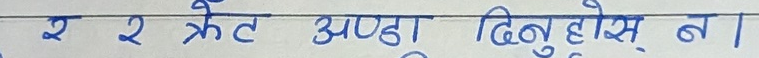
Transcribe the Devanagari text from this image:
२ २ क्रेट अण्डा दिनु होस् न।